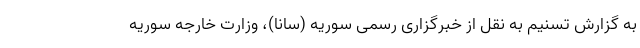
به گزارش تسنیم به نقل از خبرگزاری رسمی سوریه (سانا)، وزارت خارجه سوریه